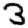
Digit: 3